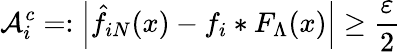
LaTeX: {\cal{A}}_{i}^{c}=:\left|\hat{f}_{iN}(x)-f_{i}*F_{\Lambda}(x)\right|\ge\frac{\varepsilon}{2}